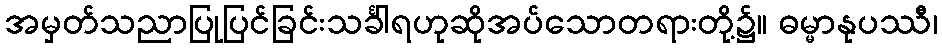
အမှတ်သညာပြုပြင်ခြင်းသင်္ခါရဟုဆိုအပ်သောတရားတို့၌။ ဓမ္မာနုပဿီ၊